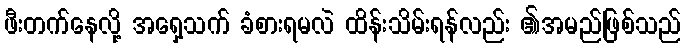
ဖီးတက်နေလို့ အရှေ့သက် ခံစားရမလဲ ထိန်းသိမ်းရန်လည်း ၏အမည်ဖြစ်သည်